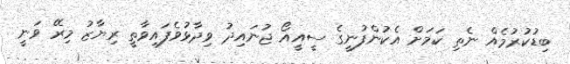
ބިޑުކުރުމެއް ނެތި ކަމަށް އެކުންފުނީގެ ސީއީއޯ ޖުނައިދު ވިދާޅުވެފައިވާތީ ރިޔާޒު މިރޭ ވަނީ